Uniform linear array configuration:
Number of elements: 4
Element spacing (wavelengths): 0.25
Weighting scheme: hamming
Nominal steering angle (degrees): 0
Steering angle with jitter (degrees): -1.052
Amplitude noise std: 0.05
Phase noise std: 0.05

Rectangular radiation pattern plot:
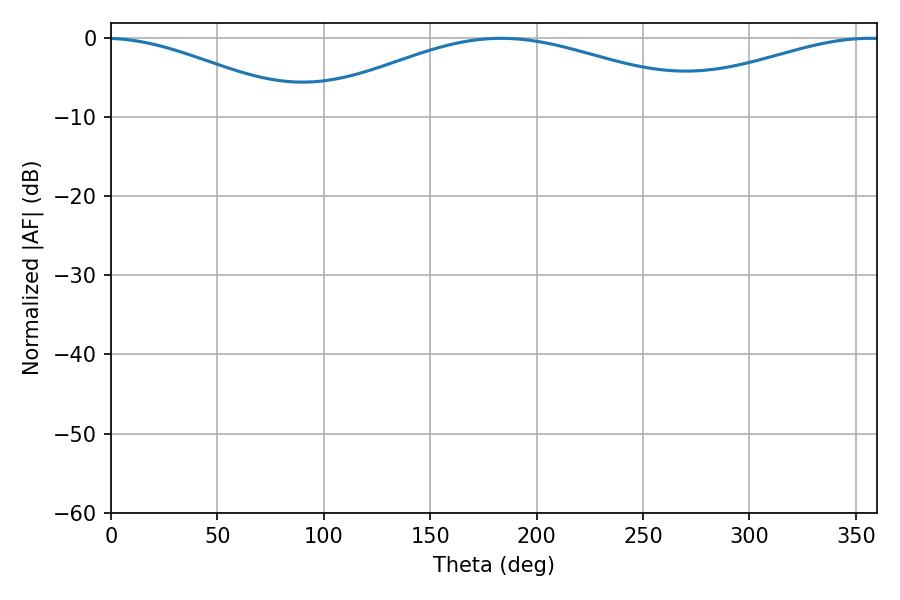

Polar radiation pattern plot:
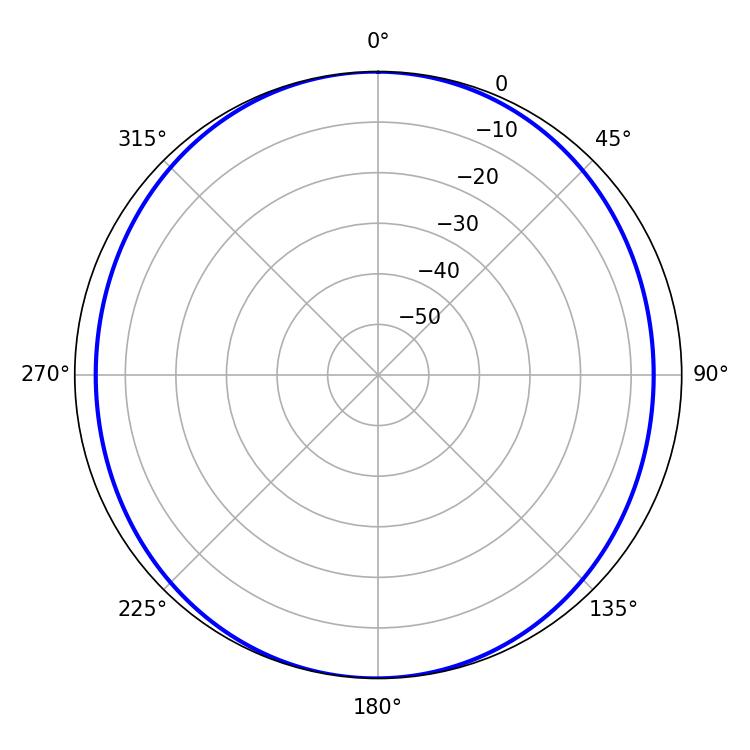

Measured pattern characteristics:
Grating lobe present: FALSE
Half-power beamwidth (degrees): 59.4
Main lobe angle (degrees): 356.76